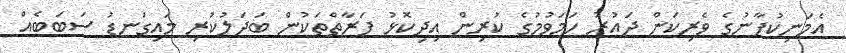
އެމަނިކުފާނުގެ ވެރިކަން ދައުރު ހަމަވުމުގެ ކުރިން އިދިކޮޅު ފަރާތްތަކުން ބަދަލުކުރި މައިގަނޑު ސަބަބެއް